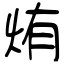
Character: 烠